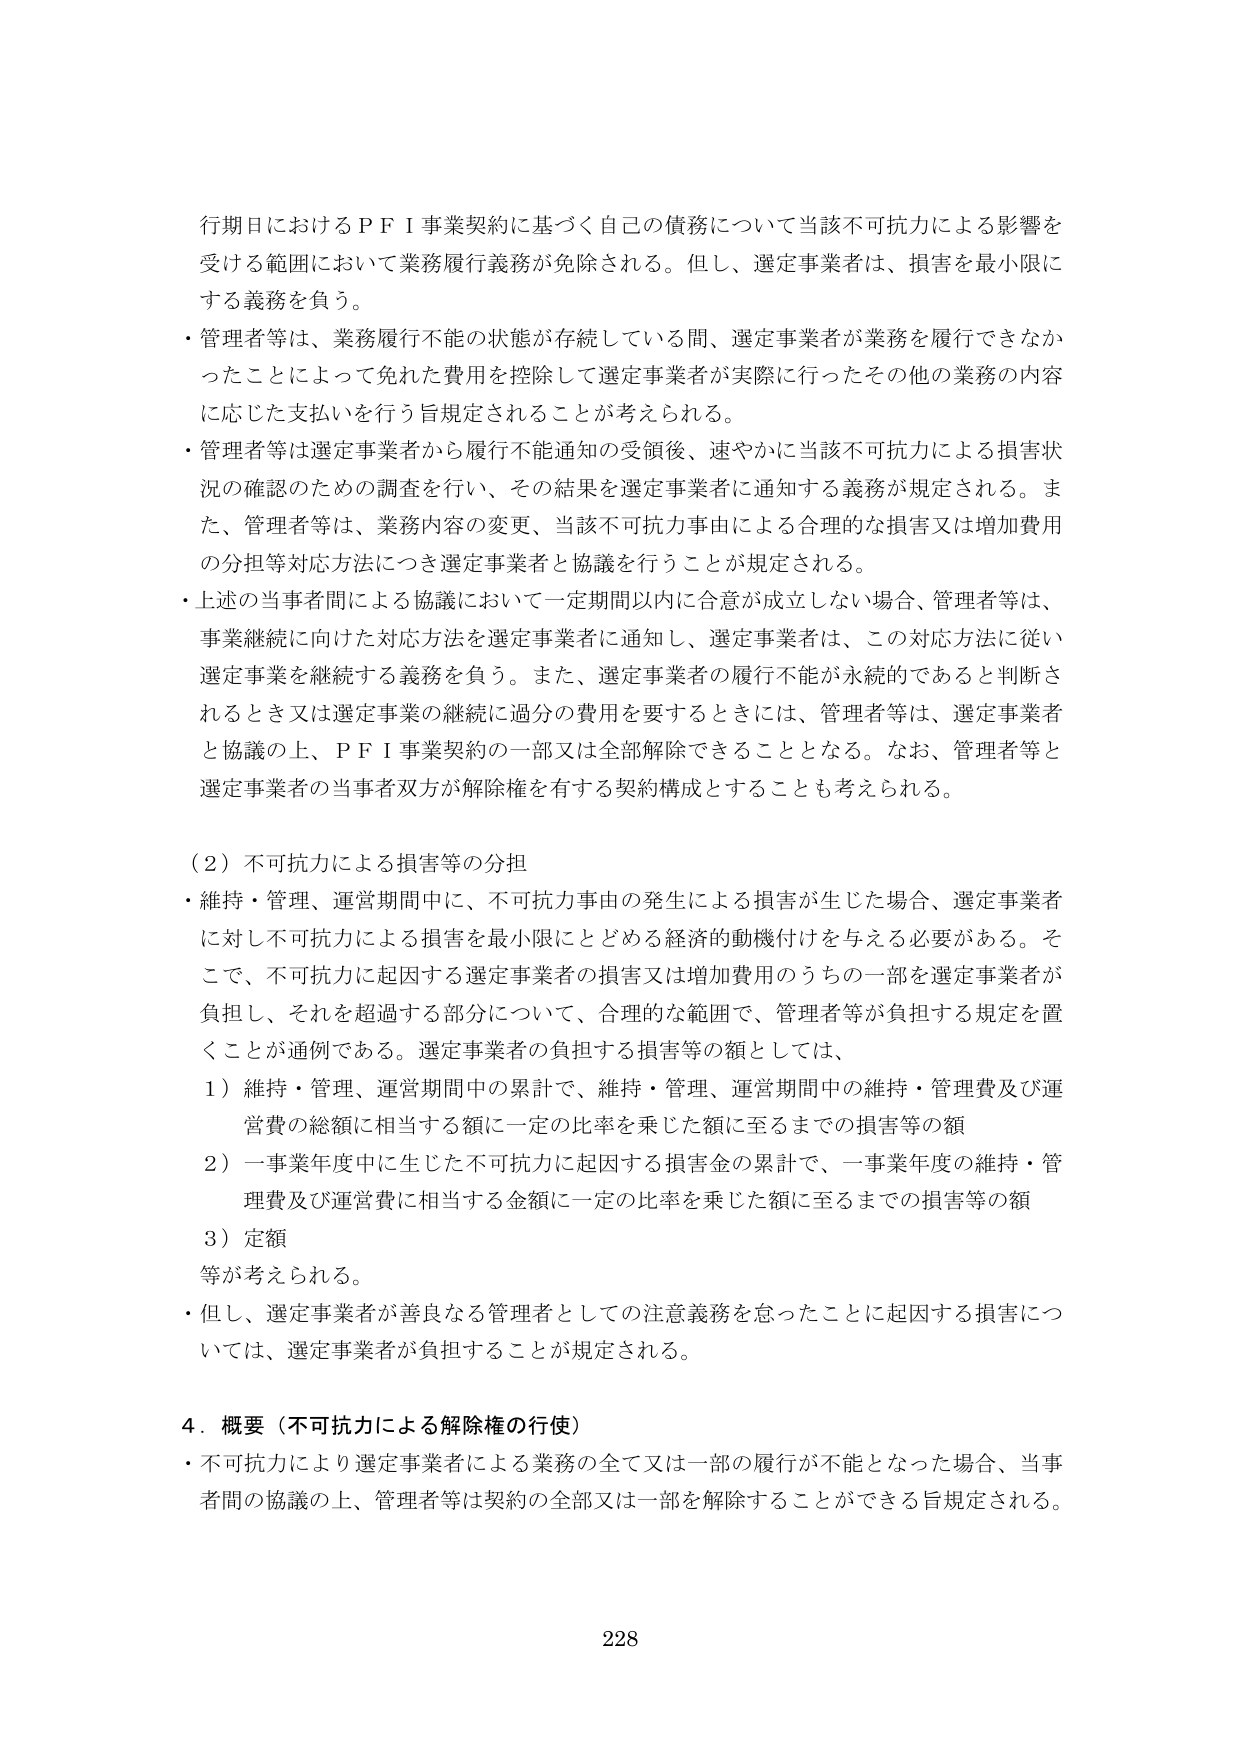
行期日におけるＰＦＩ事業契約に基づく自己の債務について当該不可抗力による影響を
受ける範囲において業務履行義務が免除される。但し、選定事業者は、損害を最小限に
する義務を負う。
・管理者等は、業務履行不能の状態が存続している間、選定事業者が業務を履行できなか
ったことによって免れた費用を控除して選定事業者が実際に行ったその他の業務の内容
に応じた支払いを行う旨規定されることが考えられる。
・管理者等は選定事業者から履行不能通知の受領後、速やかに当該不可抗力による損害状
況の確認のための調査を行い、その結果を選定事業者に通知する義務が規定される。ま
た、管理者等は、業務内容の変更、当該不可抗力事由による合理的な損害又は増加費用
の分担等対応方法につき選定事業者と協議を行うことが規定される。
・上述の当事者間による協議において一定期間以内に合意が成立しない場合、管理者等は、
事業継続に向けた対応方法を選定事業者に通知し、選定事業者は、この対応方法に従い
選定事業を継続する義務を負う。また、選定事業者の履行不能が永続的であると判断さ
れるとき又は選定事業の継続に過分の費用を要するときには、管理者等は、選定事業者
と協議の上、ＰＦＩ事業契約の一部又は全部解除できることとなる。なお、管理者等と
選定事業者の当事者双方が解除権を有する契約構成とすることも考えられる。

（２）不可抗力による損害等の分担
・維持・管理、運営期間中に、不可抗力事由の発生による損害が生じた場合、選定事業者
に対し不可抗力による損害を最小限にとどめる経済的動機付けを与える必要がある。そ
こで、不可抗力に起因する選定事業者の損害又は増加費用のうちの一部を選定事業者が
負担し、それを超過する部分について、合理的な範囲で、管理者等が負担する規定を置
くことが通例である。選定事業者の負担する損害等の額としては、
１）維持・管理、運営期間中の累計で、維持・管理、運営期間中の維持・管理費及び運
営費の総額に相当する額に一定の比率を乗じた額に至るまでの損害等の額
２）一事業年度中に生じた不可抗力に起因する損害金の累計で、一事業年度の維持・管
理費及び運営費に相当する金額に一定の比率を乗じた額に至るまでの損害等の額
３）定額
等が考えられる。
・但し、選定事業者が善良なる管理者としての注意義務を怠ったことに起因する損害につ
いては、選定事業者が負担することが規定される。

４．概要（不可抗力による解除権の行使）
・不可抗力により選定事業者による業務の全て又は一部の履行が不能となった場合、当事
者間の協議の上、管理者等は契約の全部又は一部を解除することができる旨規定される。

228